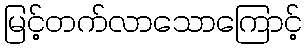
မြင့်တက်လာသောကြောင့်